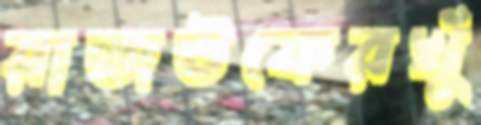
রাজউকেরখুঁ